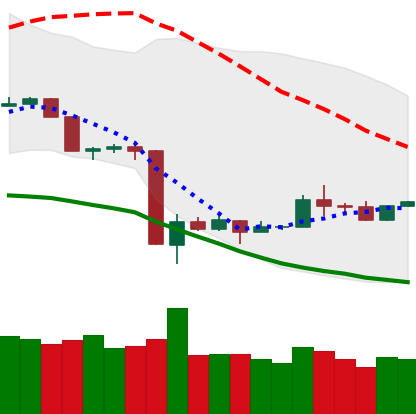
Ticker: TRX-USD
Chart end date: 2020-03-24
Forward return: -6.636%
Label: down_5_7